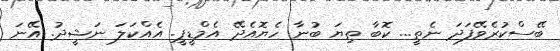
ބޭސްކުރެވޭފަދަ ނެތީ... ކޮބާ ތިޔަ ބުނާ ހެޔޮއެދޭ އެމްޑީޕީ. އެއްކަލަ ނަޝީދު. އޭނަ